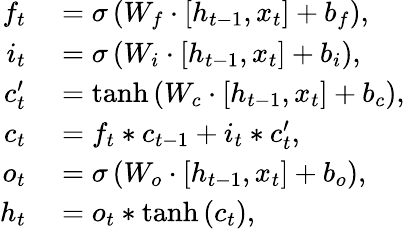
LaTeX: \begin{array}{rl}{f_{t}}&{{}=\sigma\left(W_{f}\cdot\left[h_{t-1},x_{t}\right]+b_{f}\right),}\\ {i_{t}}&{{}=\sigma\left(W_{i}\cdot\left[h_{t-1},x_{t}\right]+b_{i}\right),}\\ {c_{t}^{\prime}}&{{}=\operatorname{tanh}\left(W_{c}\cdot\left[h_{t-1},x_{t}\right]+b_{c}\right),}\\ {c_{t}}&{{}=f_{t}*c_{t-1}+i_{t}*c_{t}^{\prime},}\\ {o_{t}}&{{}=\sigma\left(W_{o}\cdot\left[h_{t-1},x_{t}\right]+b_{o}\right),}\\ {h_{t}}&{{}=o_{t}*\operatorname{tanh}\left(c_{t}\right),}\end{array}